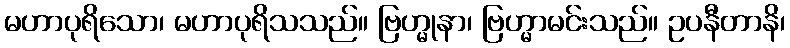
မဟာပုရိသော၊ မဟာပုရိသသည်။ ဗြဟ္မုနာ၊ ဗြဟ္မာမင်းသည်။ ဥပနီတာနိ၊